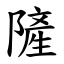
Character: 隡